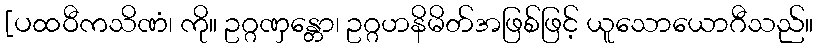
[ပထဝီကသိဏံ၊ ကို။ ဥဂ္ဂဏှန္တော၊ ဥဂ္ဂဟနိမိတ်အဖြစ်ဖြင့် ယူသောယောဂီသည်။